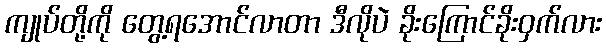
ကျုပ်တို့ကို တွေ့ရအောင်လာတာ ဒီလိုပဲ ခိုးကြောင်ခိုးဝှက်လား